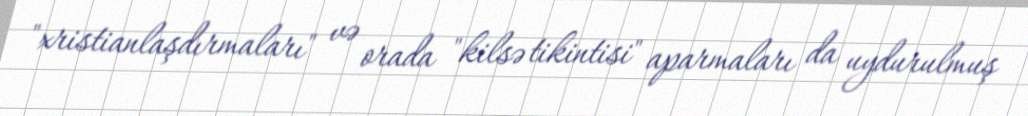
"xristianlaşdırmaları" və orada "kilsə tikintisi" aparmaları da uydurulmuş